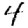
Digit: 4